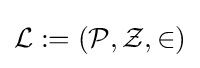
{\mathcal {L}}:=({\mathcal {P}},{\mathcal {Z}},\in )